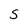
Character: S